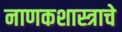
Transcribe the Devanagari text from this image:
नाणकशास्त्राचे